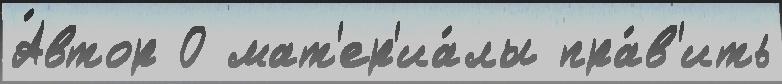
А́втор О мат'ер'иа́лы пра́в'ить